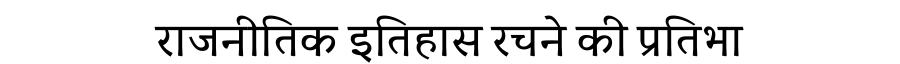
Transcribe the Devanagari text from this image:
राजनीतिक इतिहास रचने की प्रतिभा